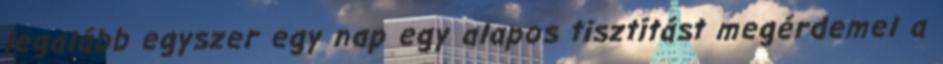
legalább egyszer egy nap egy alapos tisztítást megérdemel a